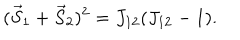
( \vec { S } _ { 1 } + \vec { S } _ { 2 } ) ^ { 2 } = J _ { 1 2 } ( J _ { 1 2 } - 1 ) .